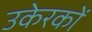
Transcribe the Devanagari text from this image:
उकेरकों